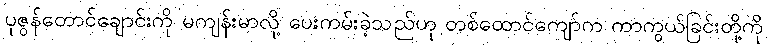
ပုဇွန်တောင်ချောင်းကို မကျန်းမာလို့ ပေးကမ်းခဲ့သည်ဟု တစ်ထောင်ကျော်က ကာကွယ်ခြင်းတို့ကို